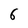
Character: 6